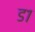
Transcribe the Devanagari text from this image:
ड१